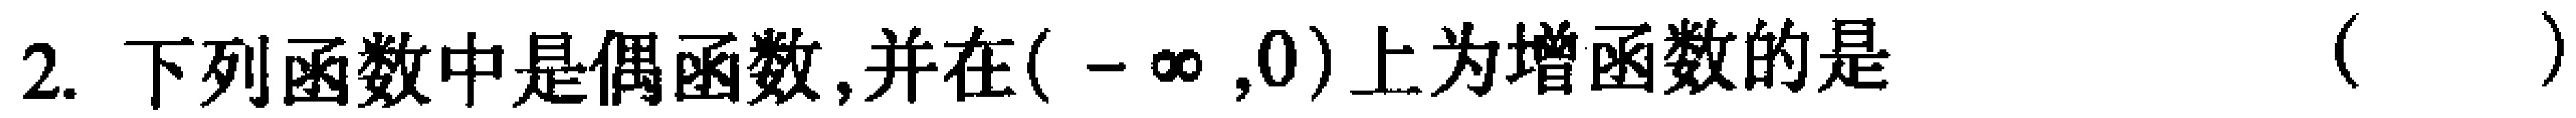
2. 下列函数中是偶函数,并在\((-\infty,0)\)上为增函数的是 （  ）